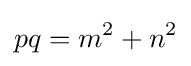
pq=m^{2}+n^{2}